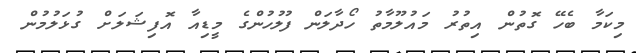
މިކަމާ ބެހޭ ގޮތުން އިތުރު މައުލޫމާތު ހޯދާލަން ފުލުހުންގެ މީޑިއާ އޮފިޝަލަށް ގުޅަލުމުން